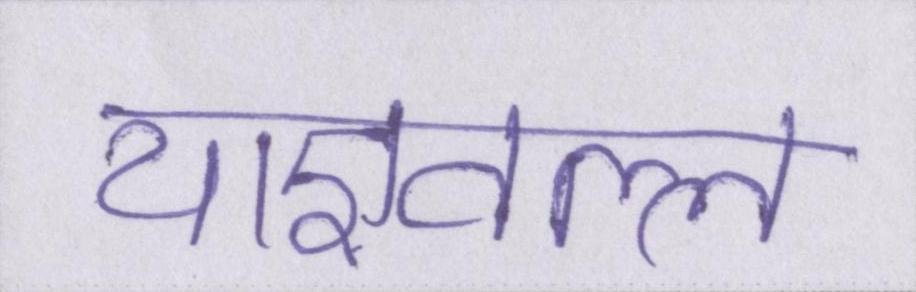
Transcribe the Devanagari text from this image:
याज्ञवल्ल